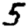
Digit: 5